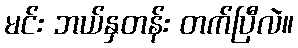
မင်း ဘယ်နှတန်း တက်ပြီလဲ။